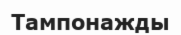
Тампонажды